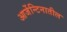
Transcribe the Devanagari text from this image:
आर्जेन्टिनातील